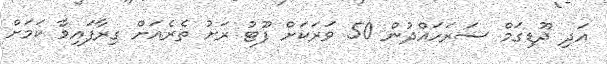
އަދި ދޫޑިގަމް ސަރަހައްދުން 50 ވަރަކަށް ފޫޓު ރަށު ތެރެއަށް ގިރާފައިވާ ކަމަށް